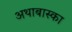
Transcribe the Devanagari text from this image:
अथाबास्का